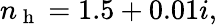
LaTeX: n_{\mathrm{~h~}}=1.5+0.01i,